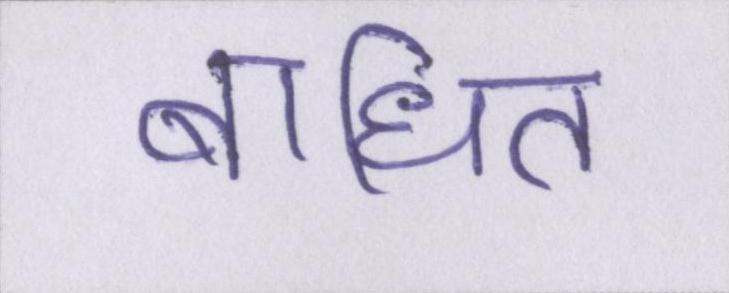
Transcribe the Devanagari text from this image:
बाधित